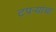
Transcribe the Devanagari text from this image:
टपर्‍यांचा